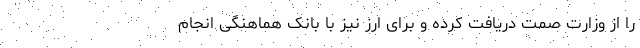
را از وزارت صمت دریافت کرده و برای ارز نیز با بانک هماهنگی انجام‌